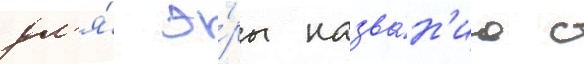
дл'я́ э́ры назва́н'иа с